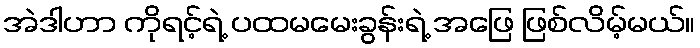
အဲဒါဟာ ကိုရင့်ရဲ့ ပထမမေးခွန်းရဲ့ အဖြေ ဖြစ်လိမ့်မယ်။